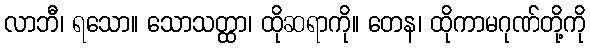
လာဘီ၊ ရသော။ သောသတ္ထာ၊ ထိုဆရာကို။ တေန၊ ထိုကာမဂုဏ်တို့ကို